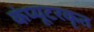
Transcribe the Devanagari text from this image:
कंप्यूटरकृत